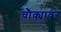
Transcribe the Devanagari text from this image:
चौक्यावर